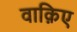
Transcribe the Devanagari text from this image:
वाक़िए